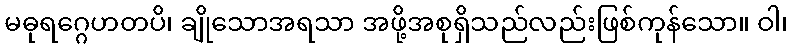
မဓုရဂ္ဂေဟတပိ၊ ချိုသောအရသာ အဖို့အစုရှိသည်လည်းဖြစ်ကုန်သော။ ဝါ၊